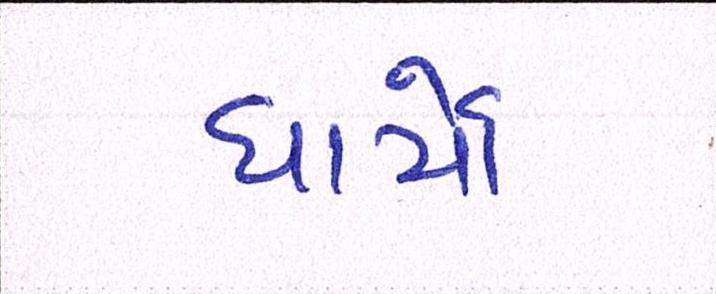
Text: ધાર્યો